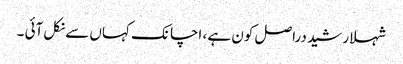
شہلا رشید دراصل کون ہے ، اچانک کہاں سے نکل آئی ۔